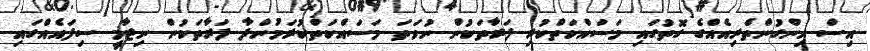
އިސް ހިންގުންތެރިއެއްގެ ގޮތުގައި މަސައްކަތްކުރި ފަރާތަކުން ނުވަތަ މަސައްކަތްކުރަމުންދާ ފަރާތަކުން ނިޒާމީ ސިފައެއްގައި